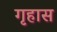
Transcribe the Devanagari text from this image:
गृहास